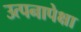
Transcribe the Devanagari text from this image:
उत्पनापेक्षा